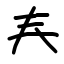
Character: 𡗗